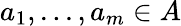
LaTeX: \textstyle{a_{1},...,a_{m}}\in A